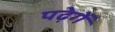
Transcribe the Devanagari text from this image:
पढ़ेगें